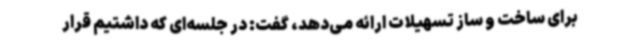
برای ساخت و ساز تسهیلات ارائه می‌دهد، گفت: در جلسه‌ای که داشتیم قرار